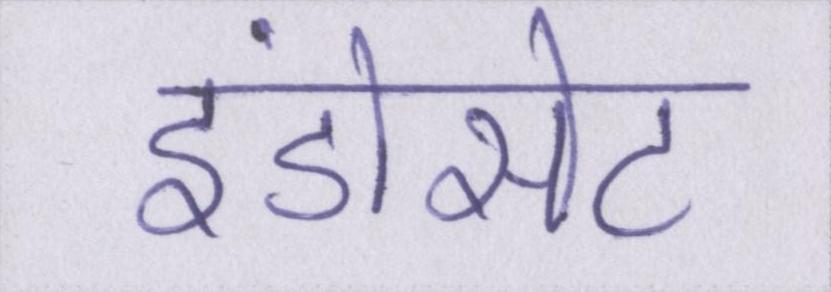
इंडोसेट